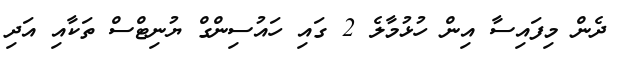
ދެން މިފައިސާ އިން ހުޅުމާލެ 2 ގައި ހައުސިންގް ޔުނިޓްސް ތަކާއި އަދި